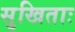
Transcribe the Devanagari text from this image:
सुखिताः